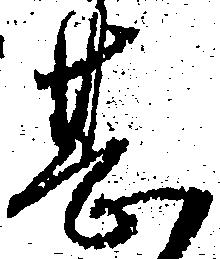
甚